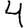
Digit: 4